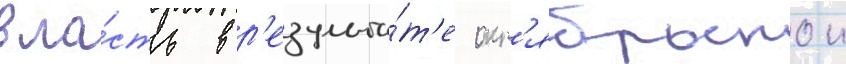
вла́сть в р'езульта́т'е окт'ябрьскои